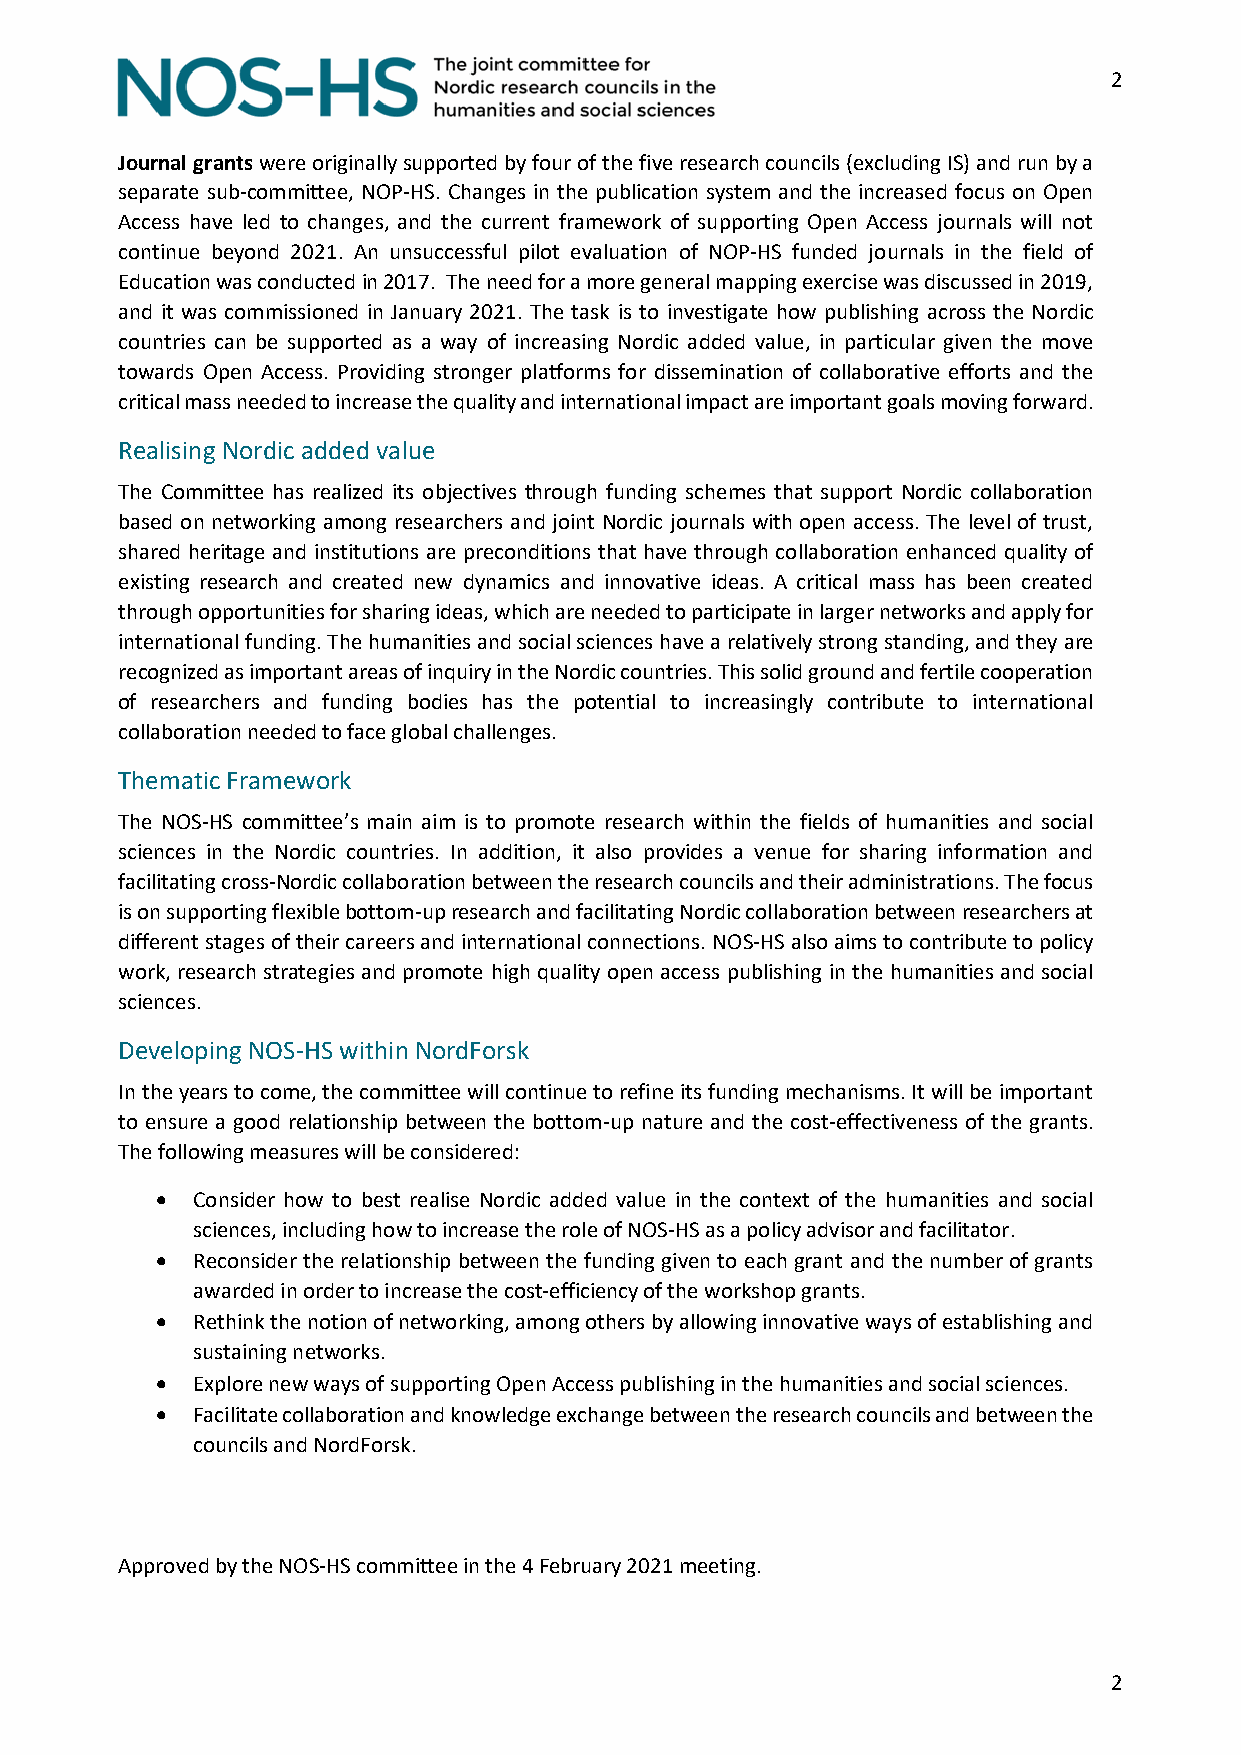
2
 Journal grants were originally supported by four of the five research councils (excluding IS) and run by a
 separate sub-committee, NOP-HS. Changes in the publication system and the increased focus on Open
 Access have led to changes, and the current framework of supporting Open Access journals will not
 continue beyond 2021. An unsuccessful pilot evaluation of NOP-HS funded journals in the field of
 Education was conducted in 2017. The need for a more general mapping exercise was discussed in 2019,
 and it was commissioned in January 2021. The task is to investigate how publishing across the Nordic
 countries can be supported as a way of increasing Nordic added value, in particular given the move
 towards Open Access. Providing stronger platforms for dissemination of collaborative efforts and the
 critical mass needed to increase the quality and international impact are important goals moving forward.
 Realising Nordic added value
 The Committee has realized its objectives through funding schemes that support Nordic collaboration
 based on networking among researchers and joint Nordic journals with open access. The level of trust,
 shared heritage and institutions are preconditions that have through collaboration enhanced quality of
 existing research and created new dynamics and innovative ideas. A critical mass has been created
 through opportunities for sharing ideas, which are needed to participate in larger networks and apply for
 international funding. The humanities and social sciences have a relatively strong standing, and they are
 recognized as important areas of inquiry in the Nordic countries. This solid ground and fertile cooperation
 of researchers and funding bodies has the potential to increasingly contribute to international
 collaboration needed to face global challenges.
 Thematic Framework
 The NOS-HS committee’s main aim is to promote research within the fields of humanities and social
 sciences in the Nordic countries. In addition, it also provides a venue for sharing information and
 facilitating cross-Nordic collaboration between the research councils and their administrations. The focus
 is on supporting flexible bottom-up research and facilitating Nordic collaboration between researchers at
 different stages of their careers and international connections. NOS-HS also aims to contribute to policy
 work, research strategies and promote high quality open access publishing in the humanities and social
 sciences.
 Developing NOS-HS within NordForsk
 In the years to come, the committee will continue to refine its funding mechanisms. It will be important
 to ensure a good relationship between the bottom-up nature and the cost-effectiveness of the grants.
 The following measures will be considered:
 •  Consider how to best realise Nordic added value in the context of the humanities and social
 sciences, including how to increase the role of NOS-HS as a policy advisor and facilitator.
 •  Reconsider the relationship between the funding given to each grant and the number of grants
 awarded in order to increase the cost-efficiency of the workshop grants.
 •  Rethink the notion of networking, among others by allowing innovative ways of establishing and
 sustaining networks.
 •  Explore new ways of supporting Open Access publishing in the humanities and social sciences.
 •  Facilitate collaboration and knowledge exchange between the research councils and between the
 councils and NordForsk.
 Approved by the NOS-HS committee in the 4 February 2021 meeting.
 2